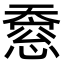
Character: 𫯸